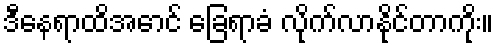
ဒီနေရာထိအောင် ခြေရာခံ လိုက်လာနိုင်တာကိုး။